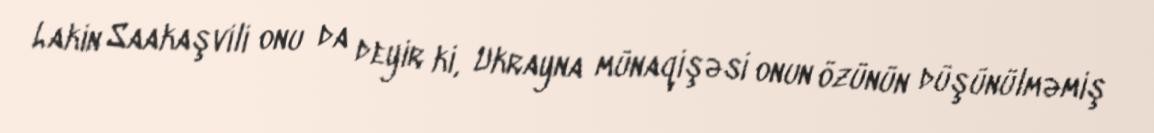
Lakin Saakaşvili onu da deyir ki, Ukrayna münaqişəsi onun özünün düşünülməmiş